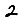
Digit: 2